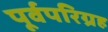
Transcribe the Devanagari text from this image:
पूर्वपरिग्रह